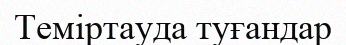
Теміртауда туғандар